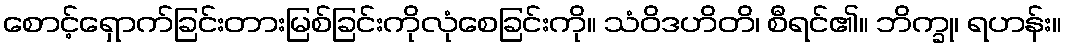
စောင့်ရှောက်ခြင်းတားမြစ်ခြင်းကိုလုံစေခြင်းကို။ သံဝိဒဟိတိ၊ စီရင်၏။ ဘိက္ခု၊ ရဟန်း။